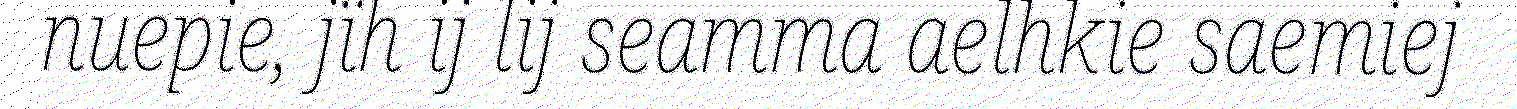
nuepie, jïh ij lij seamma aelhkie saemiej